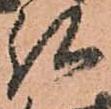
弘